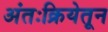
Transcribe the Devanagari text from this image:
अंतःक्रियेतून